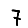
Digit: 7